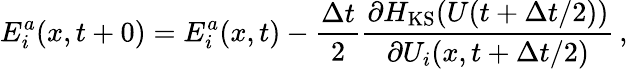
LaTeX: E_{i}^{a}(x,t+0)=E_{i}^{a}(x,t)-\frac{\Delta t}{2}\frac{\partial H_{\mathrm{KS}}(U(t+\Delta t/2))}{\partial U_{i}(x,t+\Delta t/2)}\, ,